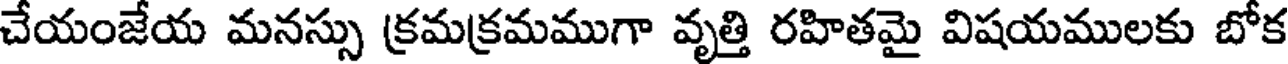
చేయంజేయ మనస్సు క్రమక్రమముగా వృత్తి రహితమై విషయములకు బోక